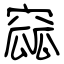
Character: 窳